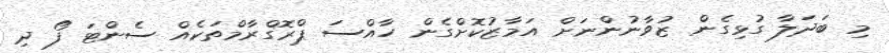
މި ބަދަލާ ގުޅިގެން ޒުވާނުންނަށް އަމާޒުކޮށްގެން ހާއްސަ ޕްރޮގްރާމްތަކެއް ސެންޓަ ފޯ ދި